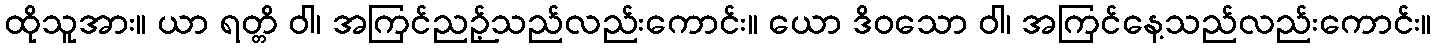
ထိုသူအား။ ယာ ရတ္တိ ဝါ၊ အကြင်ညဉ့်သည်လည်းကောင်း။ ယော ဒိဝသော ဝါ၊ အကြင်နေ့သည်လည်းကောင်း။